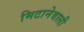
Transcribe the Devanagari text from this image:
मिटानेवाली